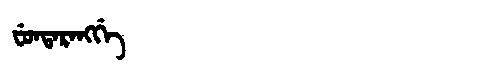
Manchu: ᠸᡠᠨᡨᠠᡵᠠᠩᡤᡝ
Romanization: FUNTARANGGE